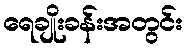
ရေချိုးခန်းအတွင်း